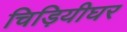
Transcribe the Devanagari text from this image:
चिड़ियीघर